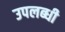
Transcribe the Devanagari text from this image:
उपलब्‍धी